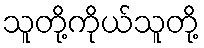
သူတို့ကိုယ်သူတို့